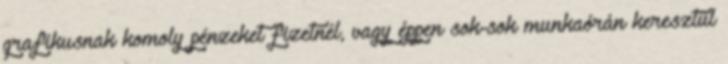
grafikusnak komoly pénzeket fizetnél, vagy éppen sok-sok munkaórán keresztül